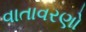
વાતાવરણો